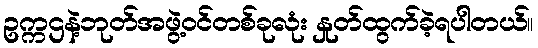
ဥက္ကဌနဲ့ဘုတ်အဖွဲ့ဝင်တစ်ခုလုံး နှုတ်ထွက်ခဲ့ရပါတယ်။